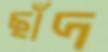
ছাঁদ